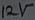
Text: 12V